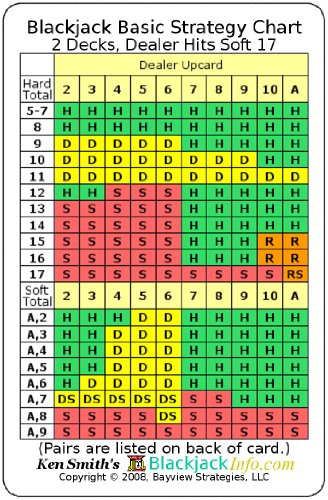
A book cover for Blackjack Basic Strategy Chart: 2 Decks, Dealer Hits Soft 17 (2-sided card); Kenneth R Smith; Humor & Entertainment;